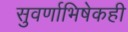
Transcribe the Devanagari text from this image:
सुवर्णाभिषेकही